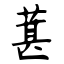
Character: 葚